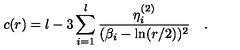
c ( r ) = l - 3 \sum _ { i = 1 } ^ { l } \frac { \eta _ { i } ^ { ( 2 ) } } { ( \beta _ { i } - \ln ( r / 2 ) ) ^ { 2 } } \quad .